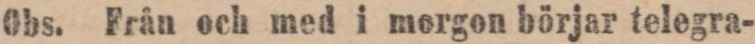
Obs. Från och med i morgon börjar telegra-